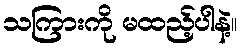
သကြားကို မထည့်ပါနဲ့။